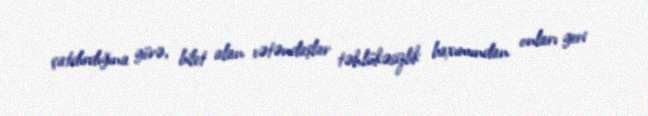
çatdırdığına görə, bilet alan vətəndaşlar təhlükəsizlik baxımından onları geri